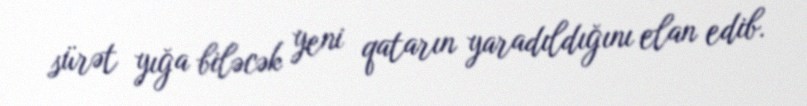
sürət yığa biləcək yeni qatarın yaradıldığını elan edib.